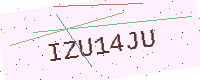
Text: IZU14JU